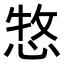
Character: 𢛮